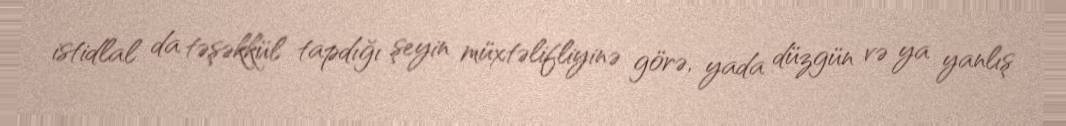
istidlal da təşəkkül tapdığı şeyin müxtəlifliyinə görə, yada düzgün və ya yanlış